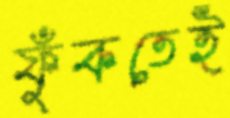
ফুঁকতেই